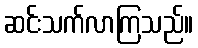
ဆင်းသက်လာကြသည်။